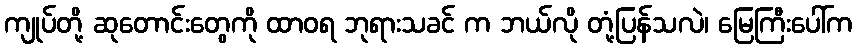
ကျုပ်တို့ ဆုတောင်းတွေကို ထာဝရ ဘုရားသခင် က ဘယ်လို တုံ့ပြန်သလဲ၊ မြေကြီးပေါ်က